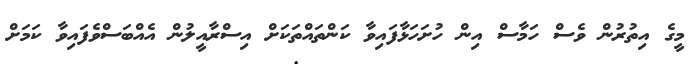
މީގެ އިތުރުން ވެސް ހަމާސް އިން ހުށަހަޅާފައިވާ ކަންތައްތަކަށް އިސްރާއީލުން އެއްބަސްވެފައިވާ ކަމަށް